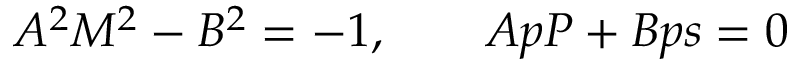
A ^ { 2 } M ^ { 2 } - B ^ { 2 } = - 1 , \qquad A p P + B p s = 0